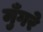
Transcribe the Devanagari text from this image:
मुँगरे